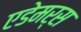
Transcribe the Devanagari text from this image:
एडेमर्स